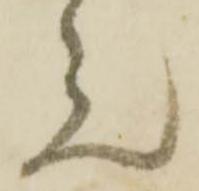
元